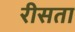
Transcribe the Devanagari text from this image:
रीसता